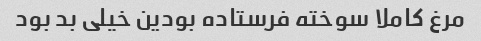
مرغ کاملا سوخته فرستاده بودین خیلی بد بود